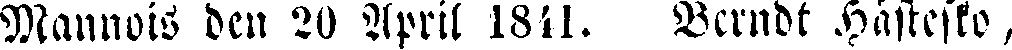
Mannois den 20 April 1841. Berndt Hästesko,